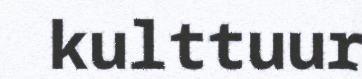
kulttuur